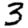
Digit: 3